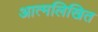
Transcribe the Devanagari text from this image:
आत्मलिखित